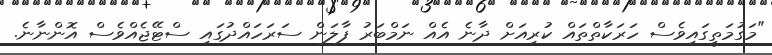
"މަގުމަތީގައިވެސް ހަރަކާތްތައް ކުރިއަށް ދާނެ އެއް ނަމްބަރު ފާލަން ސަރަހައްދުގައި ސްޓޭޖެއްވެސް އޮންނާނެ.